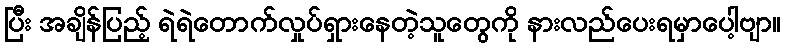
ပြီး အချိန်ပြည့် ရဲရဲတောက်လှုပ်ရှားနေတဲ့သူတွေကို နားလည်ပေးရမှာပေါ့ဗျာ။